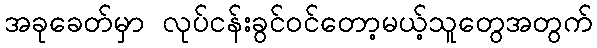
အခုခေတ်မှာ လုပ်ငန်းခွင်ဝင်တော့မယ့်သူတွေအတွက်